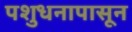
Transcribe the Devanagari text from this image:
पशुधनापासून